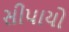
સીપાયો